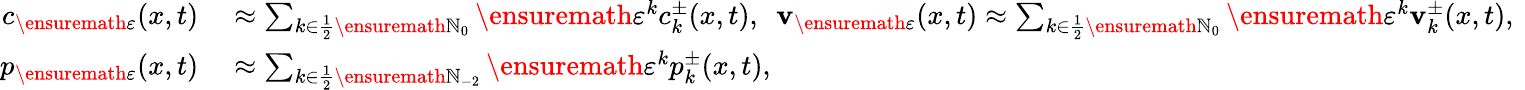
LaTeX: \begin{array}{rl}{c_{\ensuremath{\varepsilon}}(x,t)}&{{}\approx\sum_{k\in\frac 12\ensuremath{\mathbb{N}}_{0}}\ensuremath{\varepsilon}^{k}c_{k}^{\pm}(x,t),\ \ \mathbf{v}_{\ensuremath{\varepsilon}}(x,t)\approx\sum_{k\in\frac 12\ensuremath{\mathbb{N}}_{0}}\ensuremath{\varepsilon}^{k}\mathbf{v}_{k}^{\pm}(x,t),\ }\\ {p_{\ensuremath{\varepsilon}}(x,t)}&{{}\approx\sum_{k\in\frac 12\ensuremath{\mathbb{N}}_{-2}}\ensuremath{\varepsilon}^{k}p_{k}^{\pm}(x,t),}\end{array}